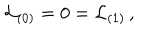
{ \cal L } _ { ( 0 ) } = 0 = { \cal L } _ { ( 1 ) } \, ,